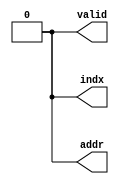
// -------------------------------------------------------------
// 
// 
// Generated by MATLAB 9.8 and HDL Coder 3.16
// 
// -------------------------------------------------------------


// -------------------------------------------------------------
// 
// Module: pass
// Source Path: NRPolarEncodeHDL/HDL Algorithm/NR Polar Encoder/configure/itlvMap/pass
// Hierarchy Level: 4
// 
// -------------------------------------------------------------

`timescale 1 ns / 1 ns

module pass
          (indx,
           addr,
           valid);


  output  indx;  // ufix1
  output  addr;  // ufix1
  output  valid;  // ufix1


  wire Zero1_out1;  // ufix1
  wire Zero2_out1;  // ufix1
  wire Zero_out1;  // ufix1


  assign Zero1_out1 = 1'b0;



  assign indx = Zero1_out1;

  assign Zero2_out1 = 1'b0;



  assign addr = Zero2_out1;

  assign Zero_out1 = 1'b0;



  assign valid = Zero_out1;

endmodule  // pass